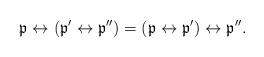
LaTeX: \begin{align*}\mathfrak p\leftrightarrow (\mathfrak p'\leftrightarrow \mathfrak p'')=(\mathfrak p\leftrightarrow \mathfrak p')\leftrightarrow \mathfrak p''.\end{align*}